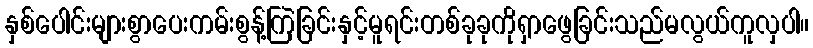
နှစ်ပေါင်းများစွာပေးကမ်းစွန့်ကြဲခြင်းနှင့်မူရင်းတစ်ခုခုကိုရှာဖွေခြင်းသည်မလွယ်ကူလှပါ။